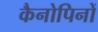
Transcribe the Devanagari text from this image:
कैनोपिनों